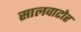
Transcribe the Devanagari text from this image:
सालवाटोर